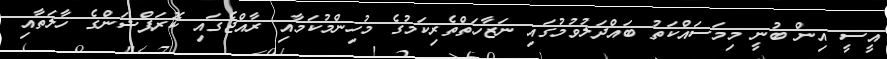
އީސީ އިން ބުނީ މިމަސައްކަތު ބައްދަލުވުމުގައި ނަޒާހަތްތެރިކަމުގެ މުހިންމުކަމާއި ރާއްޖެގައި ކޮރަޕްޝަންގެ ހާލަތާއި